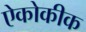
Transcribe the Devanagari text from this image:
ऐकोकीक